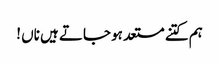
ہم کتنے مستعد ہو جاتے ہیں ناں !